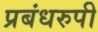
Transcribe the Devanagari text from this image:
प्रबंधरुपी